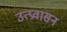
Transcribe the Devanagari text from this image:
उत्प्रवासन